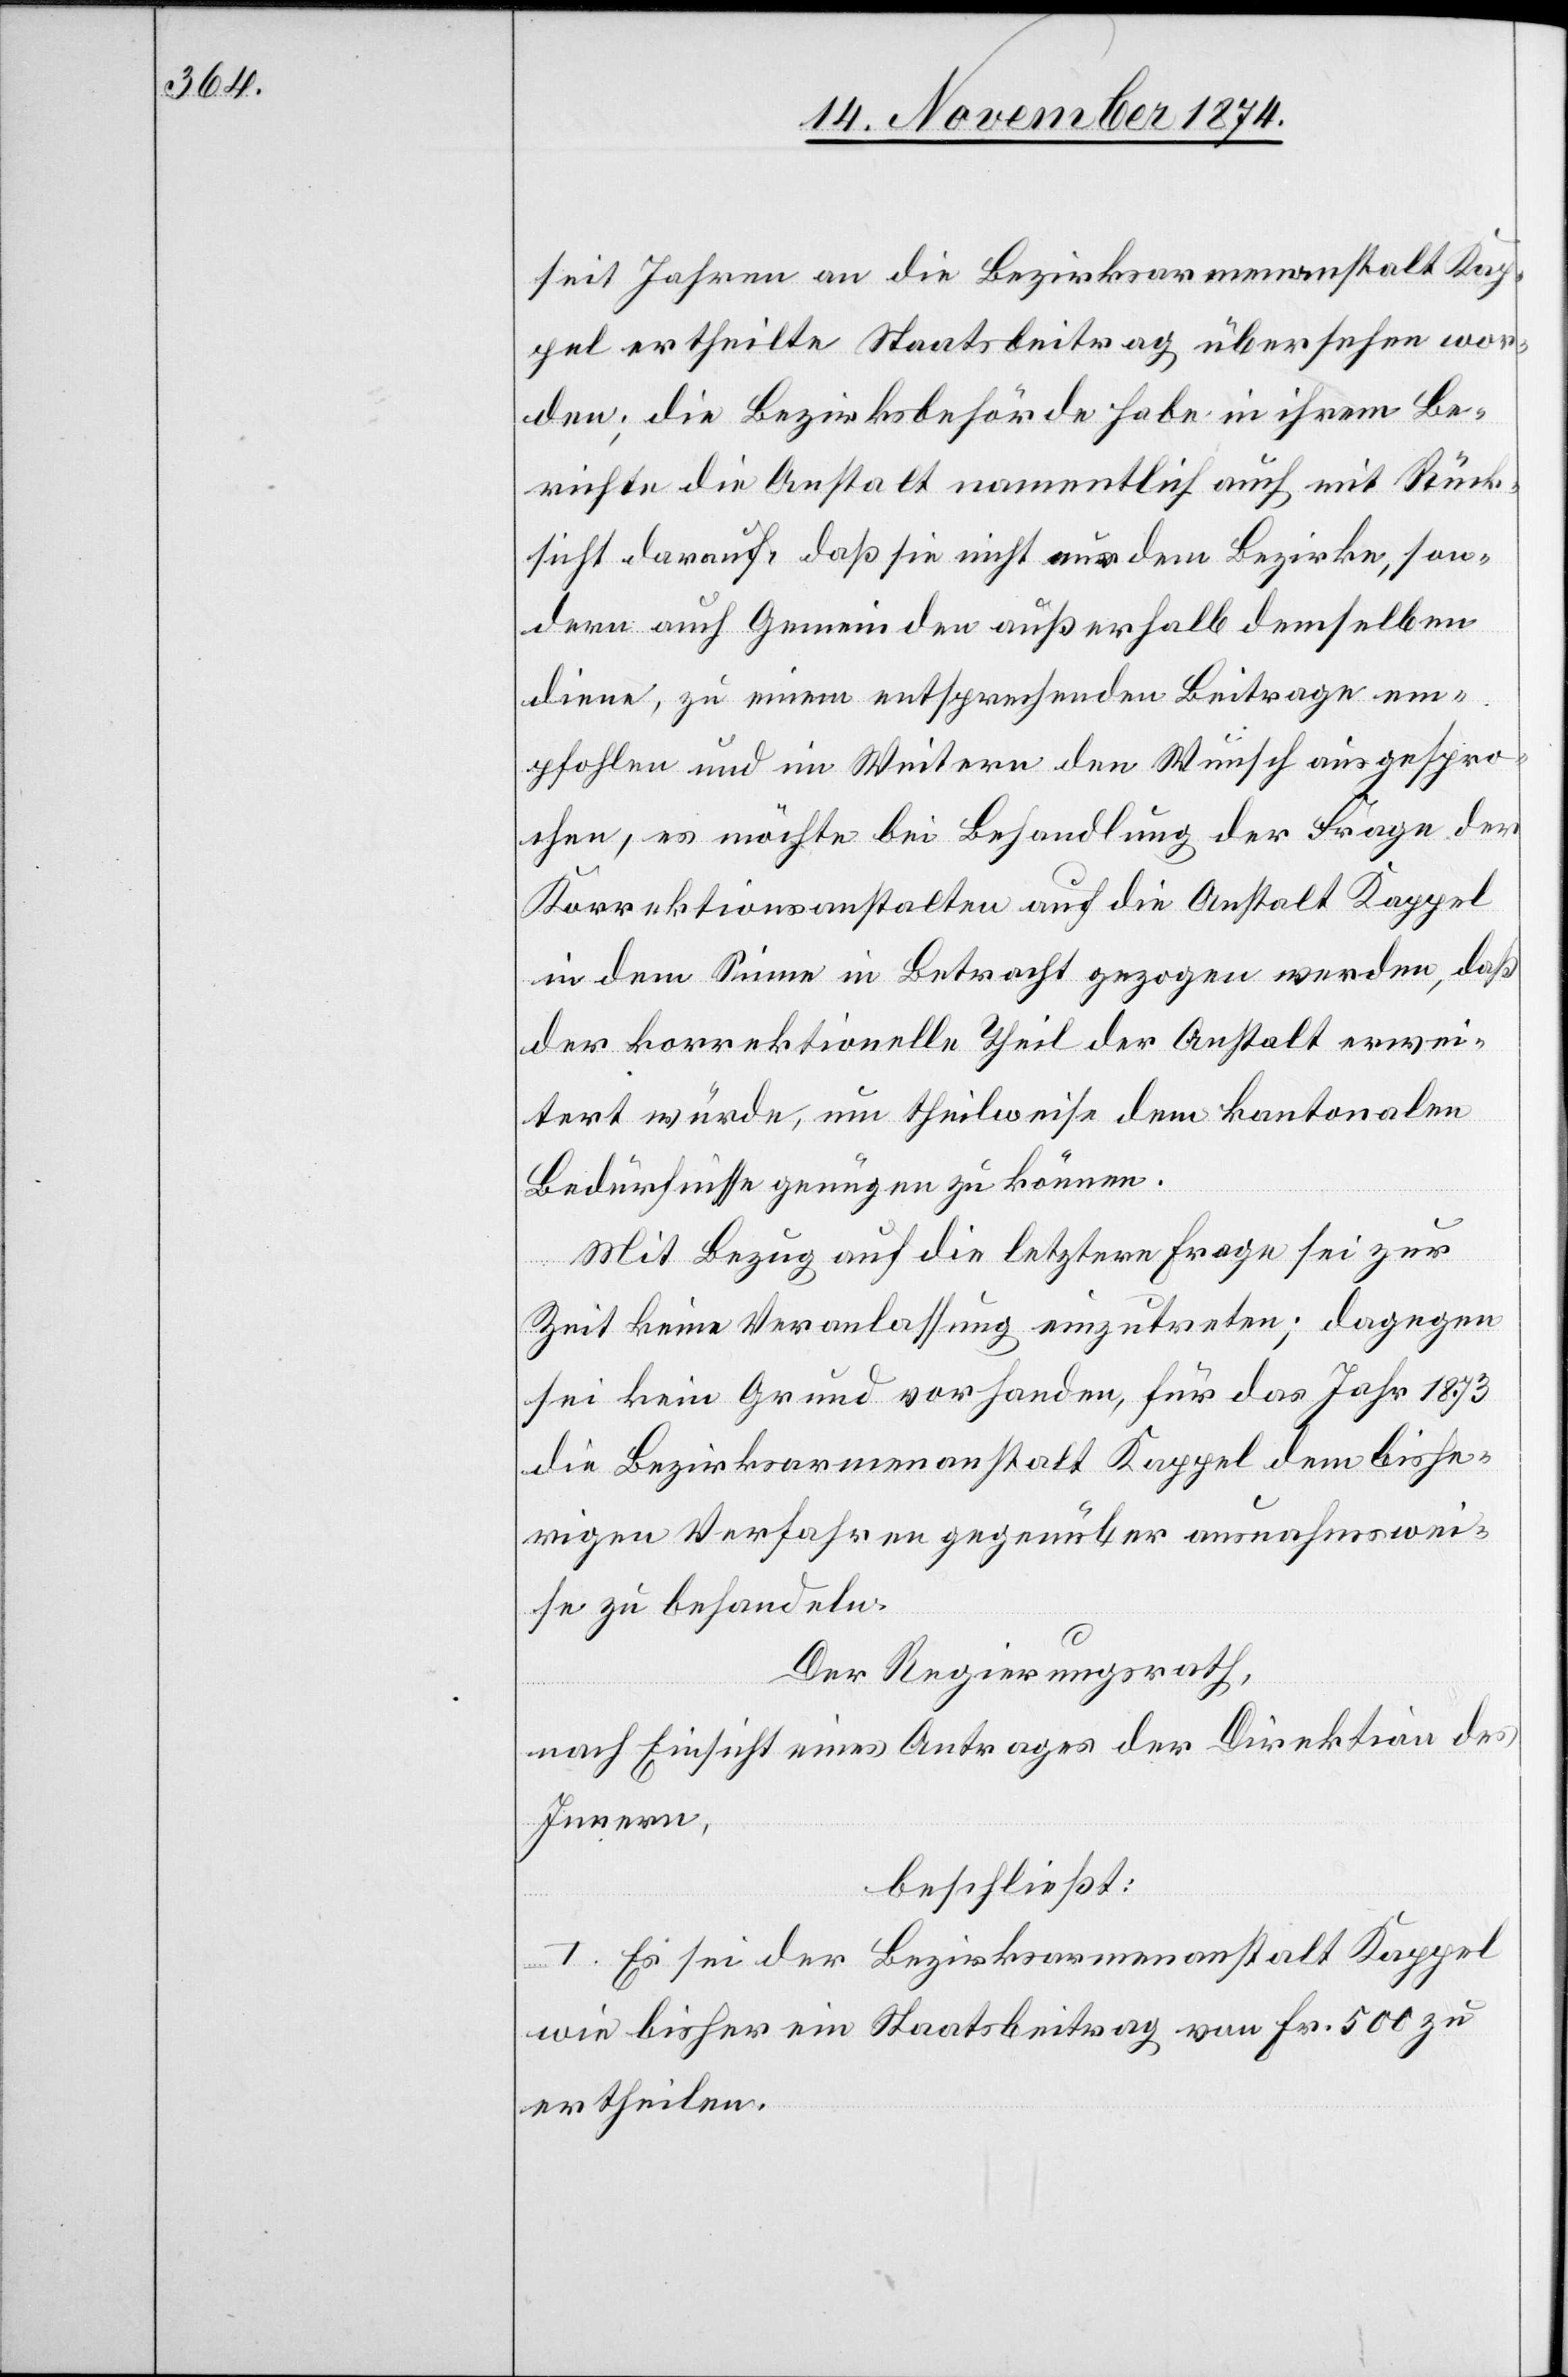
seit Jahren an die Bezirksarmenanstalt Kap¬
pel ertheilte Staatsbeitrag übersehen wor¬
den; die Bezirksbehörde habe in ihrem Be¬
richte die Anstalt namentlich auch mit Rück¬
sicht drauf, daß sie nicht aus dem Bezirke, son¬
dern auch Gemeinden außerhalb demselben
diene, zu einem entsprechenden Beitrage em¬
pfohlen und im Weitern den Wunsch ausgespro¬
chen, es möchte bei Behandlung der Frage der
Korrektionsanstalten auf die Anstalt Kappel
in dem Sinne in Betracht gezogen werden, daß
der korrektionelle Theil der Anstalt erwei¬
tert würde, um theilweise dem kantonalen
Bedürfnisse genügen zu können.
Mit Bezug auf die letztere Frage sei zur
Zeit keine Veranlassung einzutreten; dagegen
sei kein Grund vorhanden, für das Jahr 1873
die Bezirksarmenanstalt Kappel dem bishe¬
rigen Verfahren gegenüber ausnahmswei¬
se zu behandeln.
Der Regierungsrath,
nach Einsicht eines Antrages der Direktion des
Innern,
beschließt:
I. Es sei der Bezirksarmenanstalt Kappel
wie bisher ein Staatseitrag von Fr. 500 zu
ertheilen.